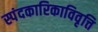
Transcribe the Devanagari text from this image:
स्पंदकारिकाविवृत्ति